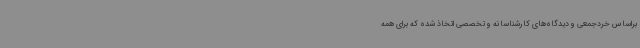
براساس خردجمعی و دیدگاه‌های کارشناسانه و تخصصی اتخاذ شده که برای همه